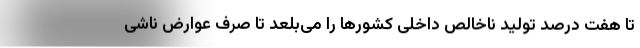
تا هفت درصد تولید ناخالص داخلی کشورها را می‌بلعد تا صرف عوارض ناشی